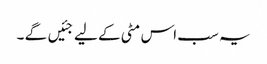
یہ سب اس مٹی کے لیے جئیں گے ۔